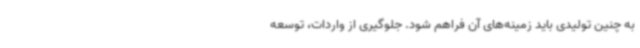
به چنین تولیدی باید زمینه‌های آن فراهم شود. جلوگیری از واردات، توسعه